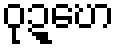
ဝုဍ္ဎော